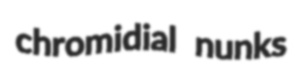
chromidial nunks